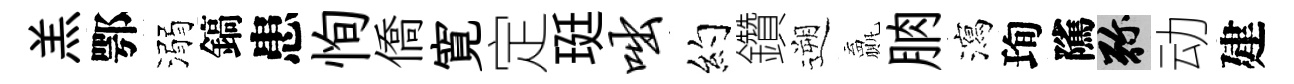
羔鄂溺鎬患恂僑寛定珽咄约鑽遡贏朒瀉珣隲弥动建